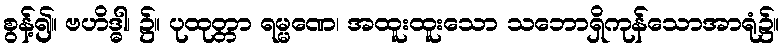
စွန့်၍။ ဗဟိဒ္ဓါ၊ ၌။ ပုထုတ္တာ ရမ္မဏေ၊ အထူးထူးသော သဘောရှိကုန်သောအာရုံ၌။